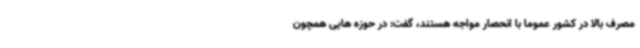
مصرف بالا در کشور عموما با انحصار مواجه هستند، گفت: در حوزه هایی همچون